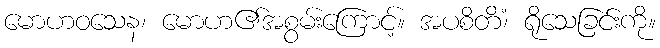
မောဟဝသေန၊ မောဟ၏အစွမ်းကြောင့်။ အပစိတိံ၊ ရိုသေခြင်းကို။